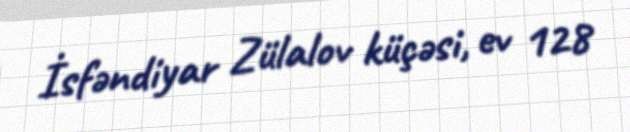
İsfəndiyar Zülalov küçəsi, ev 128